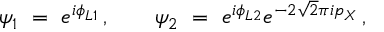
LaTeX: \psi _ { 1 } \ = \ e ^ { i \phi _ { L 1 } } \, , \qquad \psi _ { 2 } \ = \ e ^ { i \phi _ { L 2 } } e ^ { - 2 \sqrt { 2 } \pi i p _ { X } } \, ,